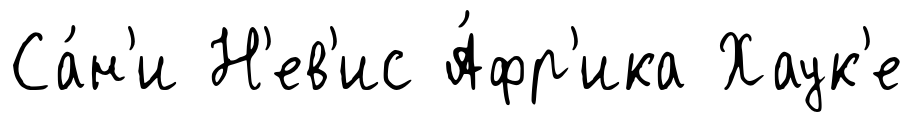
Са́н'и Н'ев'ис А́фр'ика Хаук'е